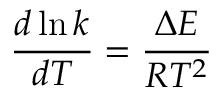
{ \frac { d \ln k } { d T } } = { \frac { \Delta E } { R T ^ { 2 } } }